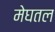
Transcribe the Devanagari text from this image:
मेघतल